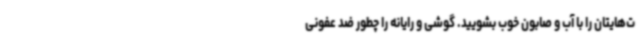
ت‌هایتان را با آب و صابون خوب بشویید. گوشی و رایانه را چطور ضد عفونی